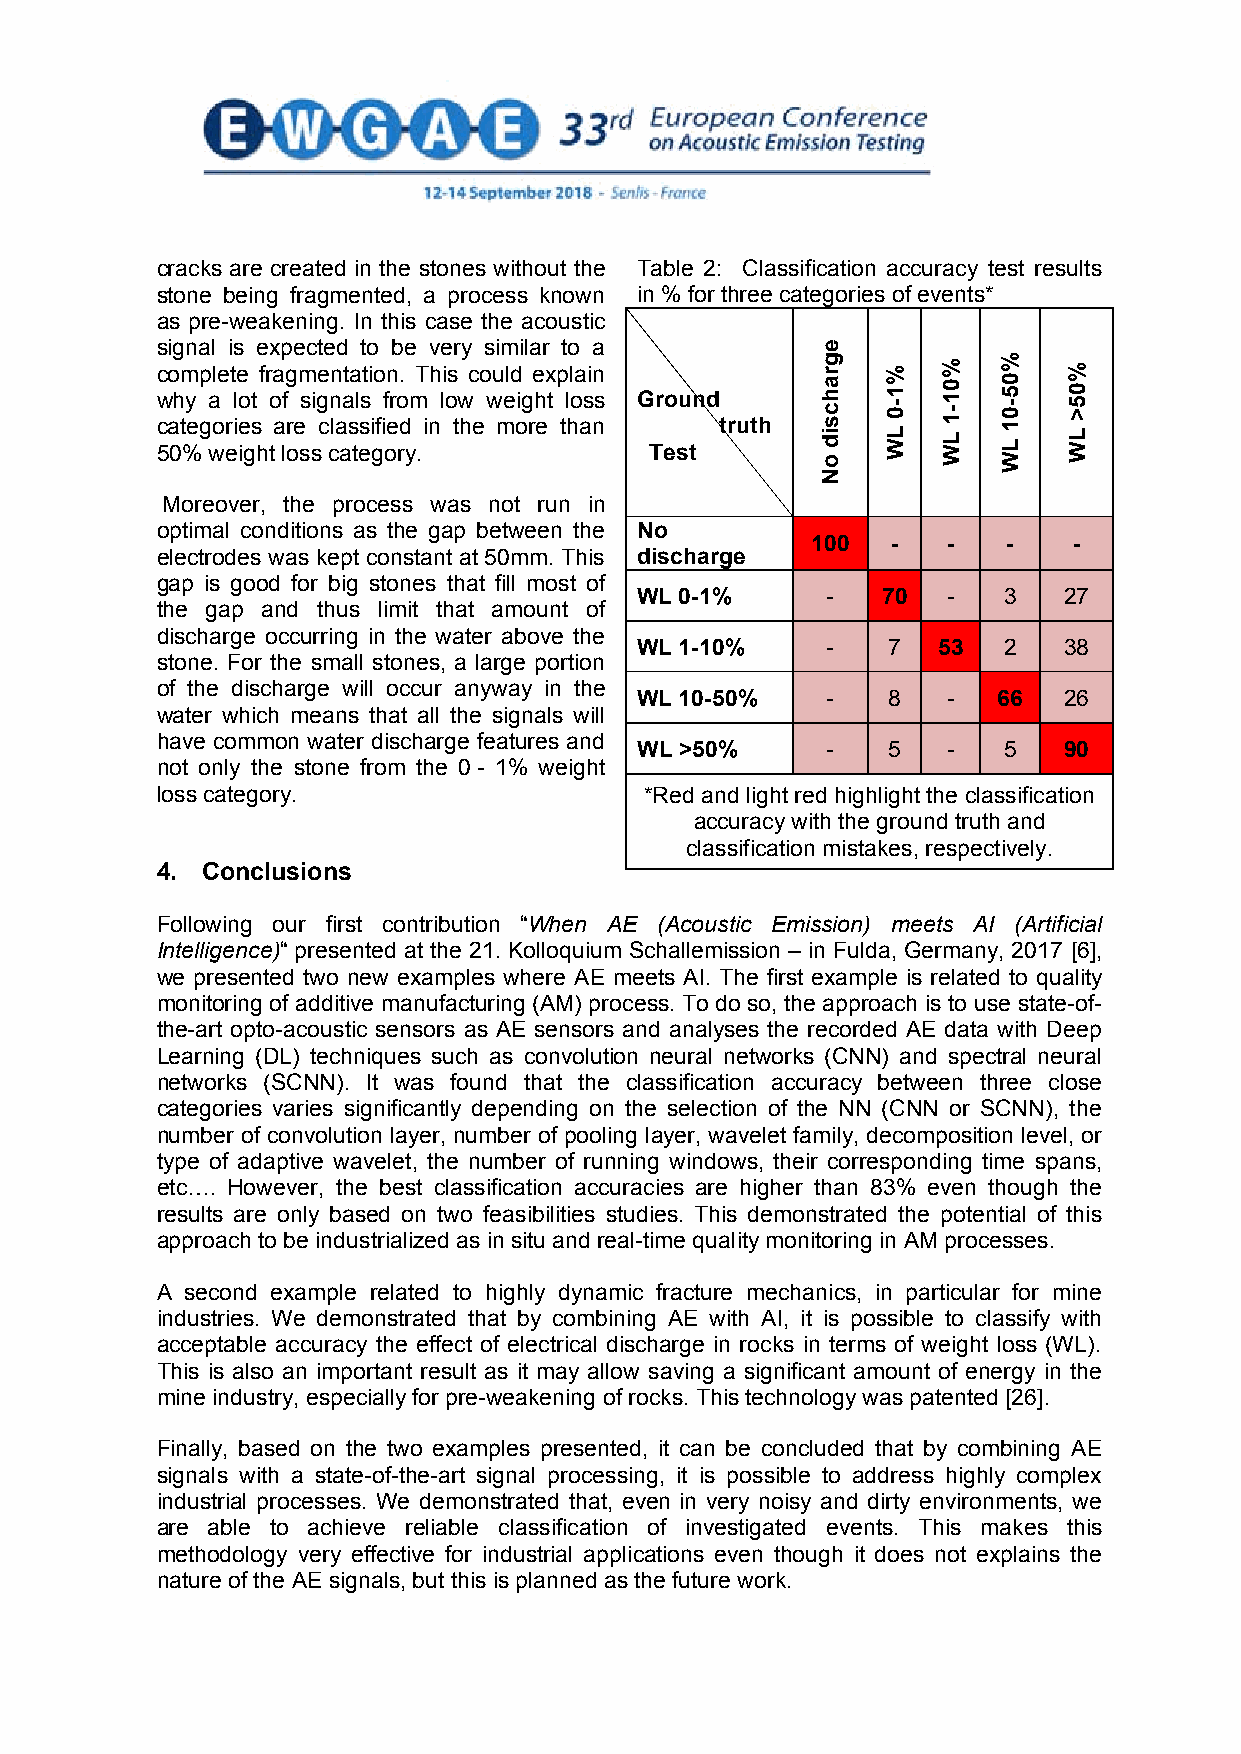
cracks are created in the stones without the Table 2: Classification accuracy test results
 stone being fragmented, a process known in % for three categories of events*
 as pre-weakening. In this case the acoustic
 signal is expected to be very similar to a
 complete fragmentation. This could explain
 why a lot of signals from low weight loss Ground
 categories are classified in the more than truth
 50% weight loss category.        Test
 Moreover, the process was not run in
 optimal conditions as the gap between the No
 100  -   -   -   -
 electrodes was kept constant at 50mm. This discharge
 gap is good for big stones that fill most of
 WL 0-1%      -  70   -  3   27
 the gap and thus limit that amount of
 discharge occurring in the water above the
 WL 1-10%     -   7  53  2   38
 stone. For the small stones, a large portion
 of the discharge will occur anyway in the
 WL 10-50%    -   8   -  66  26
 water which means that all the signals will
 have common water discharge features and
 WL >50%      -   5   -  5   90
 not only the stone from the 0 - 1% weight
 loss category.                   *Red and light red highlight the classification
 accuracy with the ground truth and
 classification mistakes, respectively.
 4. Conclusions
 Following our first contribution “When AE (Acoustic Emission) meets AI (Artificial
 Intelligence)“ presented at the 21. Kolloquium Schallemission – in Fulda, Germany, 2017 [6],
 we presented two new examples where AE meets AI. The first example is related to quality
 monitoring of additive manufacturing (AM) process. To do so, the approach is to use state-of-
 the-art opto-acoustic sensors as AE sensors and analyses the recorded AE data with Deep
 Learning (DL) techniques such as convolution neural networks (CNN) and spectral neural
 networks (SCNN). It was found that the classification accuracy between three close
 categories varies significantly depending on the selection of the NN (CNN or SCNN), the
 number of convolution layer, number of pooling layer, wavelet family, decomposition level, or
 type of adaptive wavelet, the number of running windows, their corresponding time spans,
 etc…. However, the best classification accuracies are higher than 83% even though the
 results are only based on two feasibilities studies. This demonstrated the potential of this
 approach to be industrialized as in situ and real-time quality monitoring in AM processes.
 A second example related to highly dynamic fracture mechanics, in particular for mine
 industries. We demonstrated that by combining AE with AI, it is possible to classify with
 acceptable accuracy the effect of electrical discharge in rocks in terms of weight loss (WL).
 This is also an important result as it may allow saving a significant amount of energy in the
 mine industry, especially for pre-weakening of rocks. This technology was patented [26].
 Finally, based on the two examples presented, it can be concluded that by combining AE
 signals with a state-of-the-art signal processing, it is possible to address highly complex
 industrial processes. We demonstrated that, even in very noisy and dirty environments, we
 are able to achieve reliable classification of investigated events. This makes this
 methodology very effective for industrial applications even though it does not explains the
 nature of the AE signals, but this is planned as the future work.
 10
 egrahcsid
 oN
 %1-0
 LW
 %01-1
 LW
 %05-01
 LW
 %05>
 LW